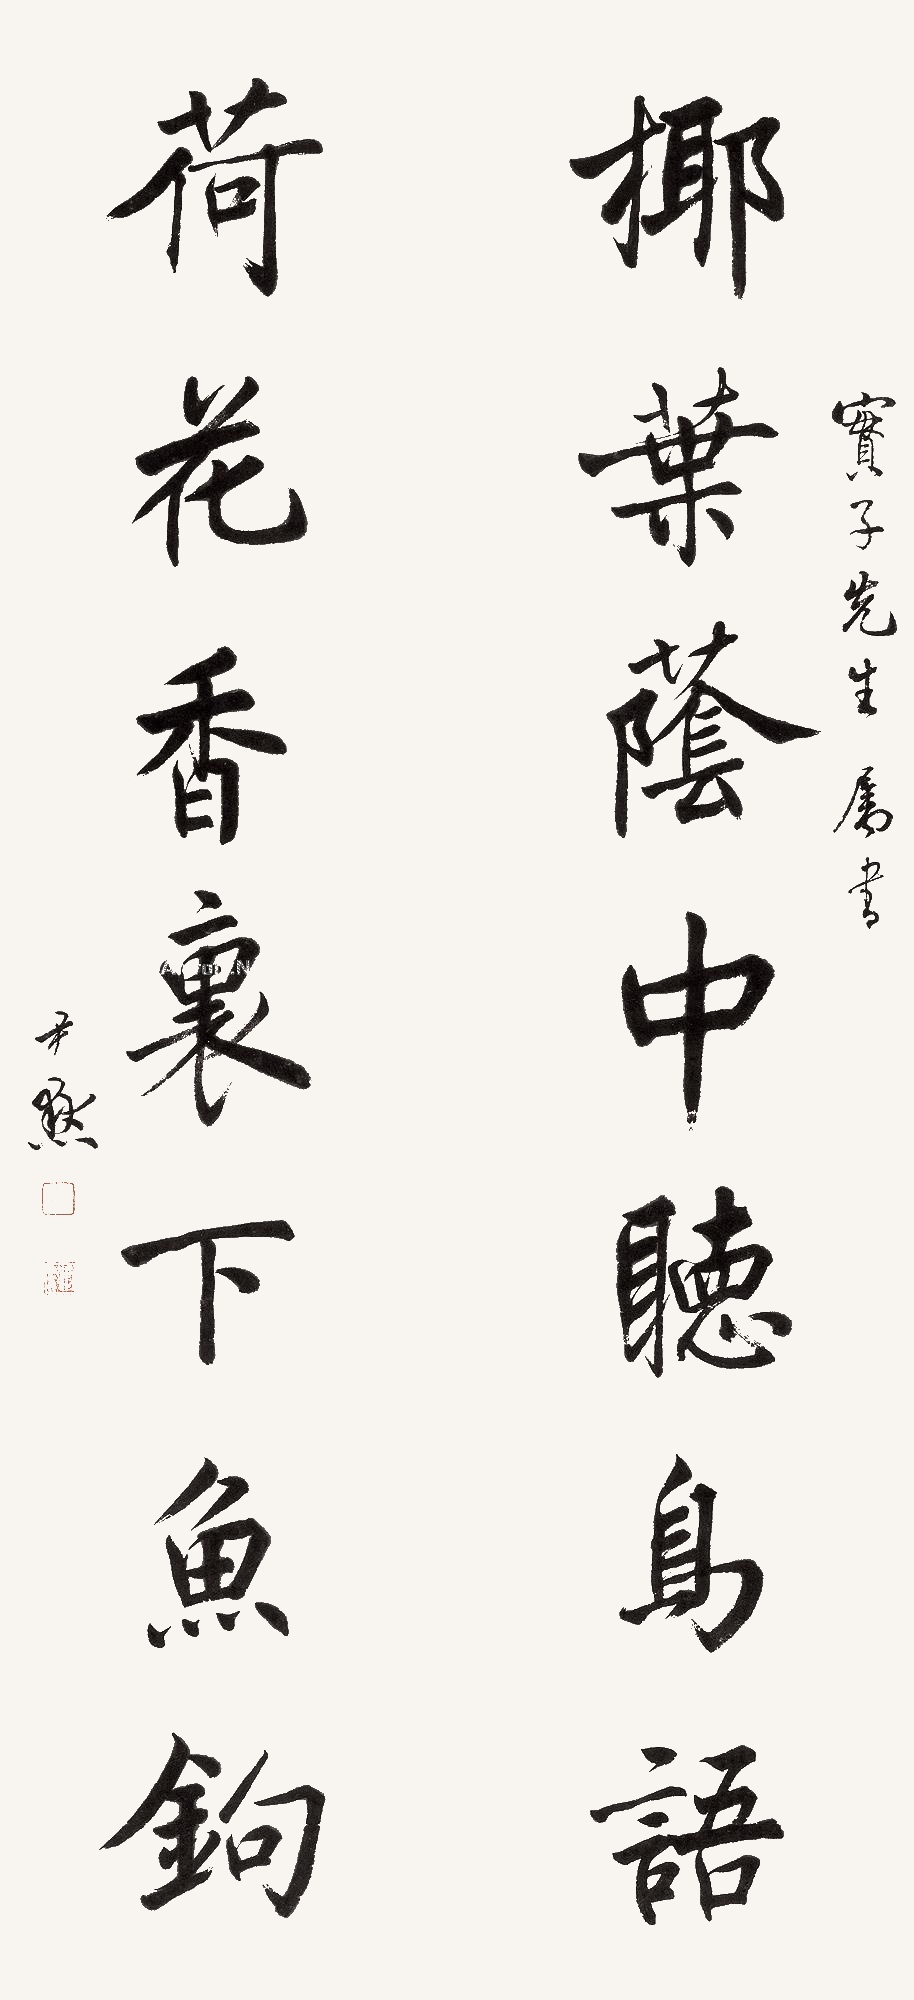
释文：椰叶荫中听鸟语，荷花香里下鱼钩。实子先生属书。尹默。